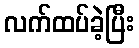
လက်ထပ်ခဲ့ပြီး